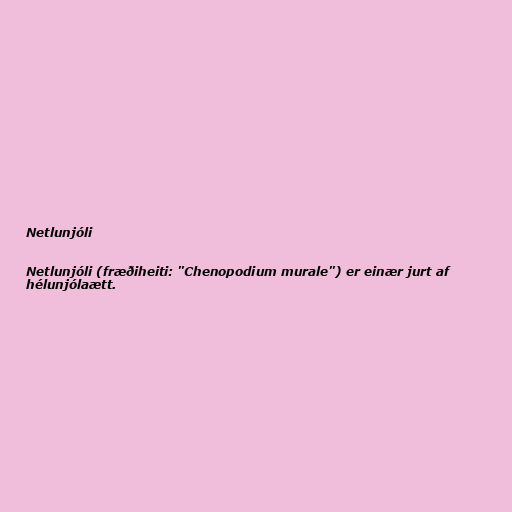
Netlunjóli

Netlunjóli (fræðiheiti: "Chenopodium murale") er einær jurt af
hélunjólaætt.